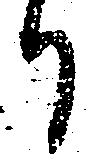
日